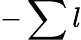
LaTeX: -\sum l